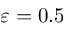
\varepsilon = 0 . 5